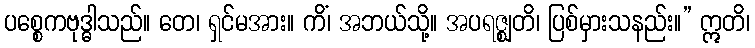
ပစ္စေကဗုဒ္ဓါသည်။ တေ၊ ရှင်မအား။ ကိံ၊ အဘယ်သို့။ အပရဇ္ဈတိ၊ ပြစ်မှားသနည်း။” ဣတိ၊